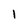
Character: 1